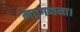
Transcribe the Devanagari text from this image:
मतगणना।